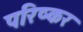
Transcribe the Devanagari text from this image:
परिष्कर